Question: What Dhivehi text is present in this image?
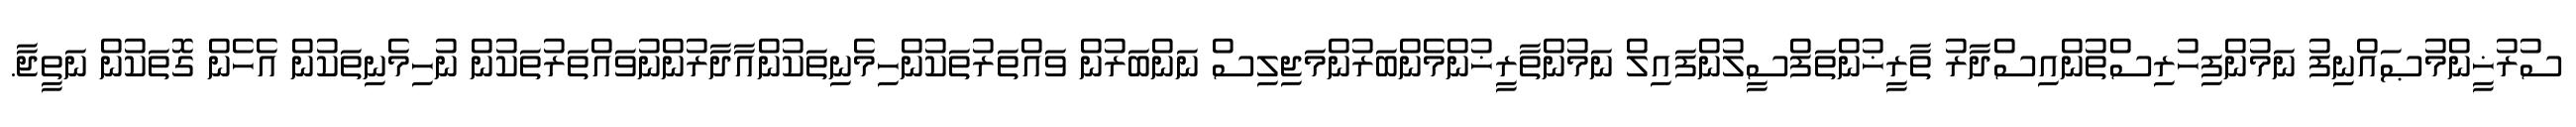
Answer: ސުރުޚީންމުޞައްނިފު ނަމުންފިހުރިސްތުންއިސްދާރު ތާރީޚުންތަފްސީލުންފައިލް ނަމުންތާރީޚުންމެންބަރުންމަޖިލިސް ނަންބަރުން ވައްތަރުތަކުންހިމެނިތަކުންއާދާރުންނުވައްތަރުތަކުން ނުހިމެނިތަކުން އެހެން ގޮތަކުން ނަތީޖާ.